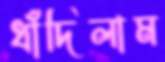
ধাঁদিলাম